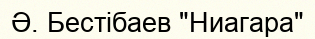
Ә. Бестібаев "Ниагара"